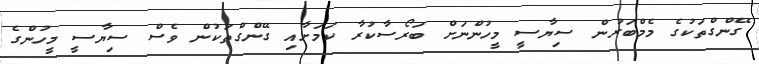
ގޭންގްތަކުގެ މެމްބަރުން ސިޔާސީ މީހުންނަށް ބަރޯސާކުރާ ކަމަށާއި ގޭންގްތަކުން ވެސް ސިޔާސީ މީހުންގެ